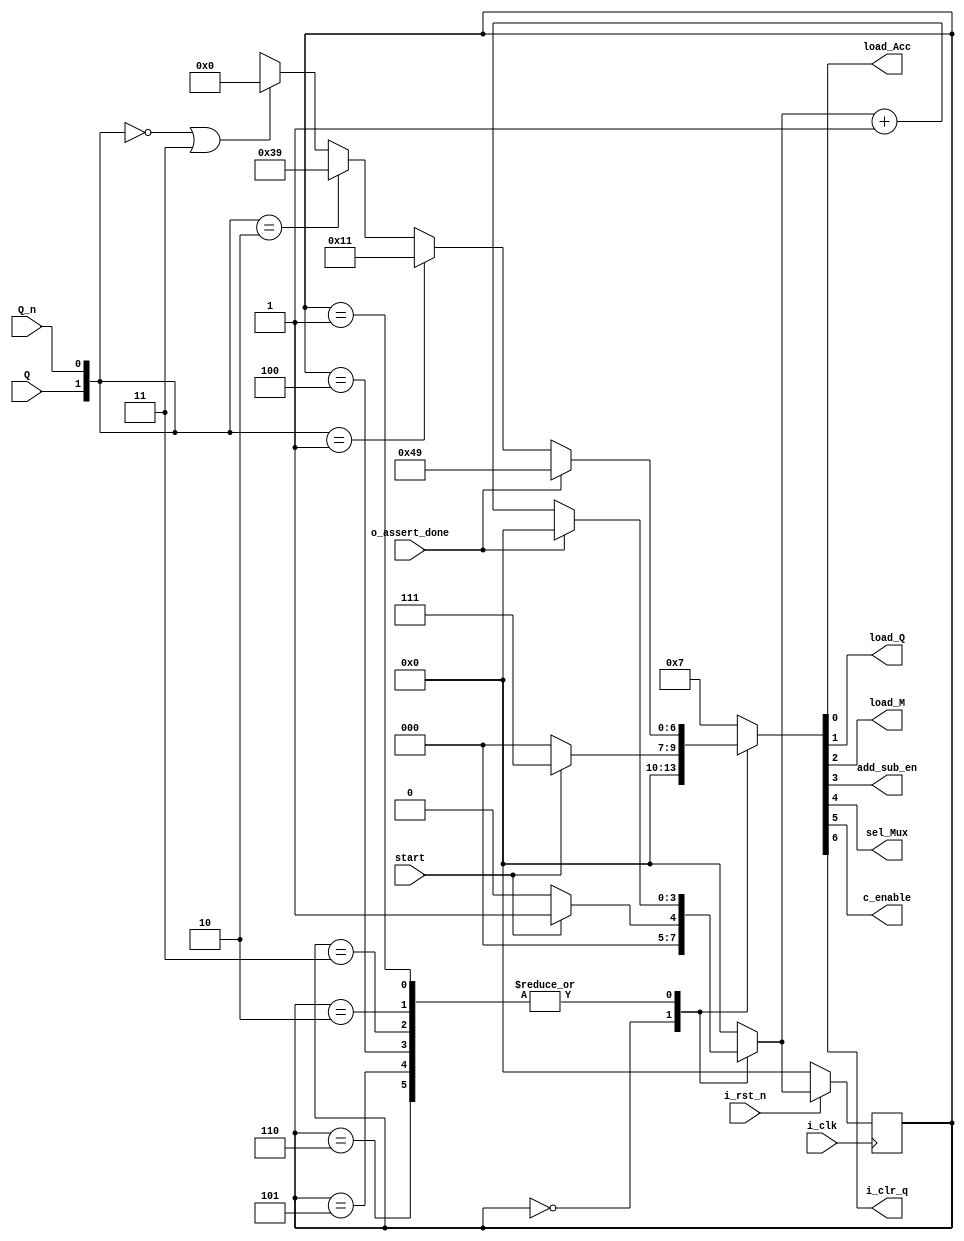
`timescale 1ns / 1ps
//////////////////////////////////////////////////////////////////////////////////
// Company: 
// Engineer: 
// 
// Design Name: 
// Module Name: Controller
// Project Name: 
// Target Devices: 
// Tool Versions: 
// Description: 
// 
// Dependencies: 
// 
// Revision:
// Revision 0.01 - File Created
// Additional Comments:
// 
//////////////////////////////////////////////////////////////////////////////////
`define IDLE 4'b0000
`define S1  4'b0001 
`define S2  4'b0010 
`define S3  4'b0011
`define S4  4'b0100
`define S5  4'b0101
`define S6  4'b0110

module Controller(
input i_clk , 
input start  , 
input i_rst_n ,
input Q  , 
input Q_n, 
input o_assert_done  , 
output  load_Acc , 
output load_Q , 
output load_M , 
output add_sub_en ,
output sel_Mux  , 
output c_enable  , 
output i_clr_q 
);

reg [3:0] p_STATE ;
reg [3:0] n_STATE ;
reg [6:0] CV ;
assign load_Acc    = CV[0];  
assign load_Q      = CV[1]; 
assign load_M      = CV[2];
assign add_sub_en  = CV[3];
assign sel_Mux     = CV[4];
assign c_enable    = CV[5] ;
assign i_clr_q     = CV[6];

always @(posedge i_clk)
   begin
    if (~i_rst_n)
       p_STATE <= `IDLE;
         else
         p_STATE <= n_STATE ;
    end
  ///next state logic ///
    always @(*)
       begin
          case (p_STATE)
           `IDLE : begin 
                     if (start==1'b1)
                         n_STATE = `S1 ;
                         else
                         n_STATE = `IDLE;
                  end  
         `S1 , `S2, `S3, `S4, `S5, `S6  : begin
                        if (o_assert_done == 1'b1)
                             n_STATE = `IDLE ;
                              else
                            n_STATE = n_STATE + 1'b1 ;
                              end
            default : begin
                            n_STATE = `IDLE  ;
                        end
        endcase      
    end                                
                                                           
                                          
                      
always @(*)
   begin
      case (p_STATE )
      `IDLE : begin 
                  if (start==1'b1)
                      begin
                       CV = 7'b000_0111; // SEL_MUX =0 , ADD_EN = 1 , LAOD_M = 1 , load_Q = 1 , load_ACC = 0
                       end 
                   else
                       begin
                        CV = 7'b0000_000; ////
                        end 
             end    
       `S1 , `S2, `S3, `S4, `S5, `S6 :  begin
                   if (o_assert_done==1'b1)
                          CV = 7'b1001001 ;
             else              
                   if (({Q, Q_n} == 2'b01) ) ///A <-- A + M , Arithmetic shift right //
                        begin
                         CV = 7'b0010_001; ///ACC arithmetic shift left , A<-- A+M , sel_MUX = 1, Load_ACC = 1 
                          end
                       else if (({Q, Q_n} == 2'b10)) ///A <-- A-M , Arithmetuc shift RIght//
                         begin
                         CV = 7'b0111_001 ; //ACC arithmetic shift_left (ACC, Q_reg } , A<= A-M , SEL_MUX = 1 , ADD_EN = 1,LOAD_ACC =1 , c_enable = 1 //
                           end 
                        else if  (({Q, Q_n} == 2'b00 || 2'b11) )
                           begin
                            CV = 7'b000_0000 ;///Arithmetic shift left //
                          end 
                            else
                               begin
                                  CV = 7'bxxxx_xxx ;
                             end 
                  end 
            default : begin
                           CV = 7'b0000_111;
                            end
                    endcase
        end                                                                                                                                           
endmodule